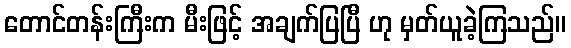
တောင်တန်းကြီးက မီးဖြင့် အချက်ပြပြီ ဟု မှတ်ယူခဲ့ကြသည်။